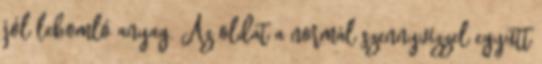
jól lebomló anyag. Az oldat a normál szennyvízzel együtt